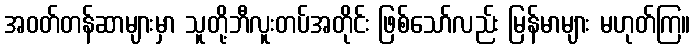
အဝတ်တန်ဆာများမှာ သူတို့ဘီလူးတပ်အတိုင်း ဖြစ်သော်လည်း မြန်မာများ မဟုတ်ကြ။